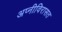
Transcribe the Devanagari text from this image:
अप्नीविरासत